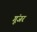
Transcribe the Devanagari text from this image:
गूंजर